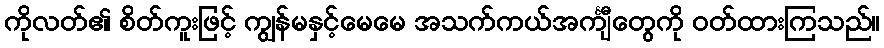
ကိုလတ်၏ စိတ်ကူးဖြင့် ကျွန်မနှင့်မေမေ အသက်ကယ်အင်္ကျီတွေကို ဝတ်ထားကြသည်။